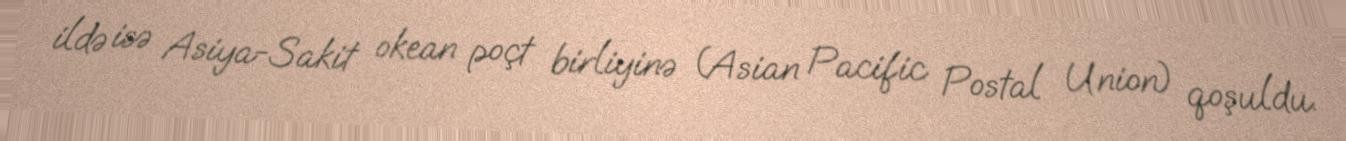
ildə isə Asiya-Sakit okean poçt birliyinə (Asian Pacific Postal Union) qoşuldu.